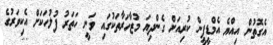
އެގޮތުން އިއްޔެ އެމްޑީޕީން ކުރިއަށް ގެންދިޔަ މުޒާހަރާތަކުގައި ވަނީ ހަތަރު ފުލުހަކަށް އެކިވަރުގެ